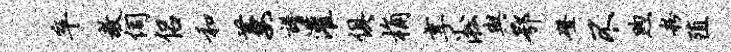
卒教伺侣和萋谱灌俱桷享淞与鄂磴不煦粉殖